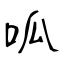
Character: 呱